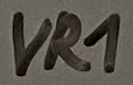
Text: VR1